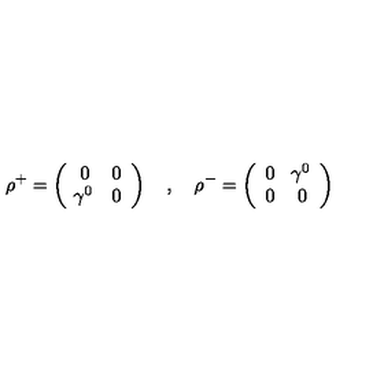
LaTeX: \rho ^ { + } = \left( \begin{array} { c c } { 0 } & { 0 } \\ { \! \gamma ^ { 0 } } & { 0 } \\ \end{array} \right) \quad , \quad \rho ^ { - } = \left( \begin{array} { c c } { 0 } & { \! \gamma ^ { 0 } } \\ { 0 } & { 0 } \\ \end{array} \right)